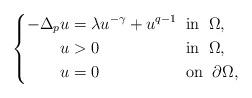
LaTeX: \begin{align*}\left\{\begin{alignedat}{2}-\Delta_p u & =\lambda u^{-\gamma}+u^{q-1}\;\;&&\mbox{in}\;\;\Omega, \\u & >0 &&\mbox{in} \; \;\Omega, \\u &= 0 &&\mbox{on} \; \;\partial\Omega,\end{alignedat}\right.\end{align*}